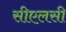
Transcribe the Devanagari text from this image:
सीएलसी